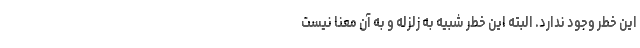
این خطر وجود ندارد. البته این خطر شبیه به زلزله و به آن معنا نیست